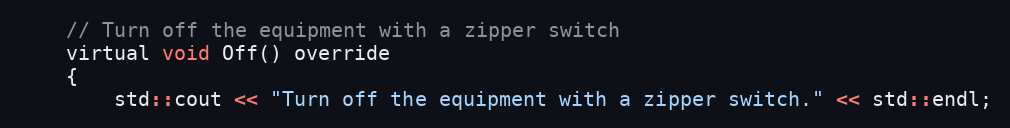
Language: C
    // Turn off the equipment with a zipper switch
    virtual void Off() override
    {
        std::cout << "Turn off the equipment with a zipper switch." << std::endl;